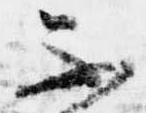
不